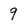
Character: 9